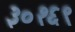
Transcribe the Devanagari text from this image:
३०१६९